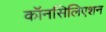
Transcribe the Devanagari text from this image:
कॉनसिलिएशन